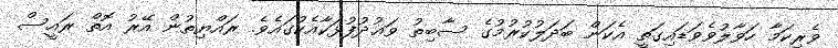
ވެރިކަމާ ހަވާލުވެވަޑައިގަތީ އެކަން ބަދަލުކުރުމުގެ ސާބިތު ވަޢުދުފުޅަކާއެކުގައެވެ. ރައްޔިތުން އޭރު އޮތް ރައީސް